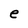
Character: e